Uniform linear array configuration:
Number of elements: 12
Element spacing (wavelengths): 1
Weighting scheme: hamming
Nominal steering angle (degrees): -30
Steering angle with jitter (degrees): -31.361
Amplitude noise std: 0.05
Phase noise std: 0.05

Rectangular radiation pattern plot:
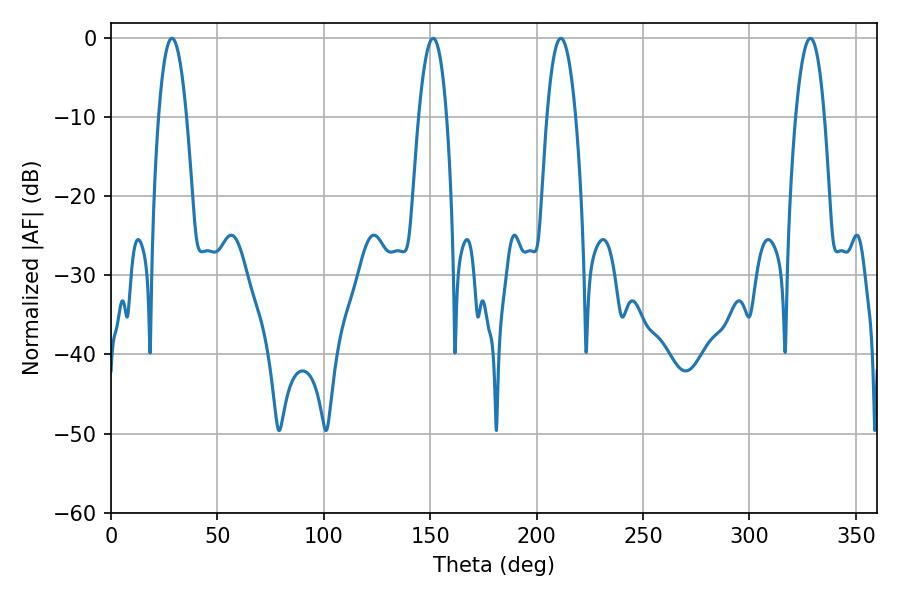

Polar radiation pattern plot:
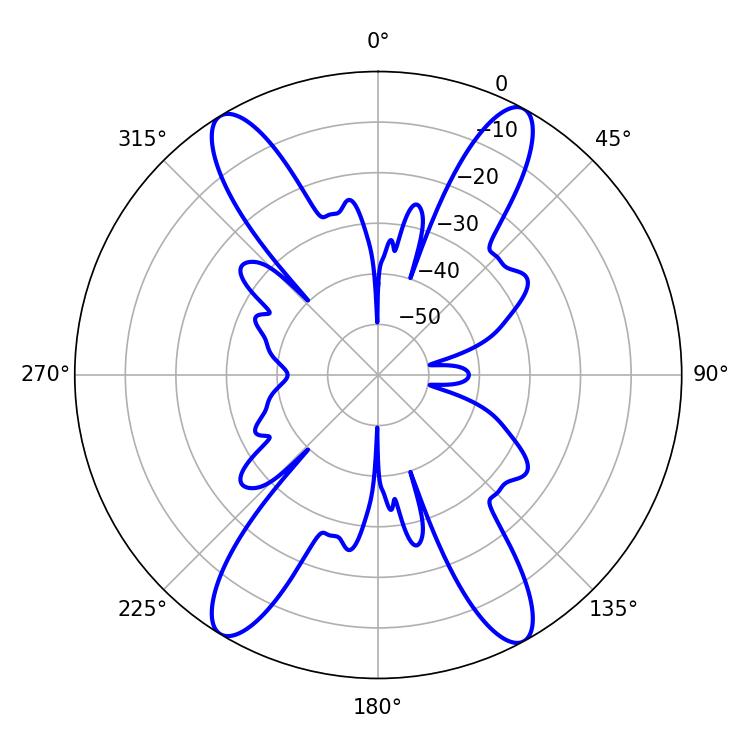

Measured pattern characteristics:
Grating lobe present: TRUE
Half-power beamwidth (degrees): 7.38
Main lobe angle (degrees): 28.62